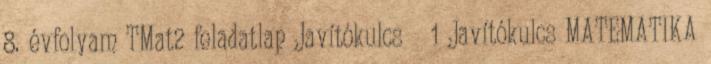
8. évfolyam TMat2 feladatlap Javítókulcs 1 Javítókulcs MATEMATIKA